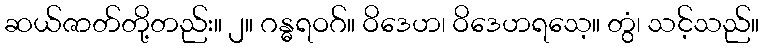
ဆယ်ဇာတ်တို့တည်း။ ၂။ ဂန္ဓရဝဂ်။ ဝိဒေဟ၊ ဝိဒေဟရသေ့။ တွံ၊ သင့်သည်။